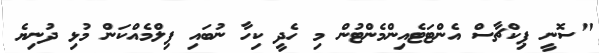
"ސޮނީ ޕިކްޗާސް އެންޓަޓެއިންމެންޓުން މި ހެދީ ކިހާ ނުބައި ފިލްމެއްކަން މުޅި ދުނިޔެ